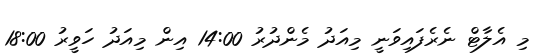
މި އެލާޓް ނެރެފައިވަނީ މިއަދު މެންދުރު 14:00 އިން މިއަދު ހަވީރު 18:00